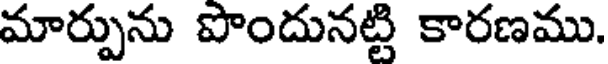
మార్పును పొందునట్టి కారణము.